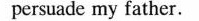
persuade my father.